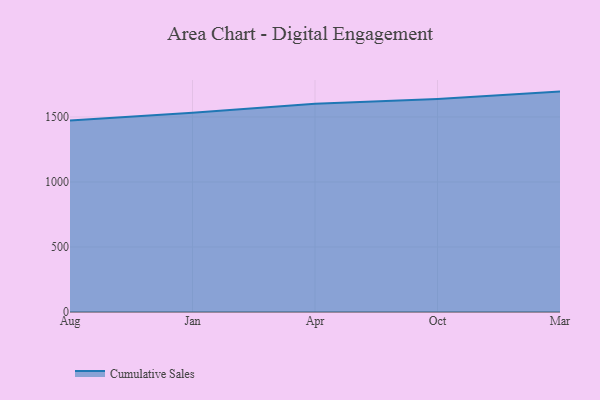
{"axis": {"x": "Month", "y": "Customer Acquisition Cost (USD)"}, "legend": ["Cumulative Sales"], "data": [{"x": "Aug", "y": 1473.1, "type": "Cumulative Sales"}, {"x": "Jan", "y": 1531.8, "type": "Cumulative Sales"}, {"x": "Apr", "y": 1601.6, "type": "Cumulative Sales"}, {"x": "Oct", "y": 1638.5, "type": "Cumulative Sales"}, {"x": "Mar", "y": 1694.9, "type": "Cumulative Sales"}]}